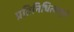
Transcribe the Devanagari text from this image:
प्रतिनिधित्वामुळे